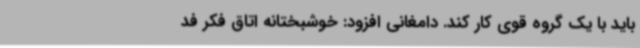
باید با یک گروه قوی کار کند. دامغانی افزود: خوشبختانه اتاق فکر فد